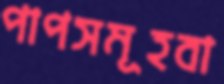
পাপসমূহবা